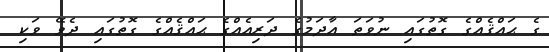
ގެ ޙައްޤެއްގެ ގޮތުގައި ނުވަތަ އާދަމުގެ ދަރިއެއްގެ ޙައްޤެއްގެ ގޮތުގައި ދެވޭ ވަކި